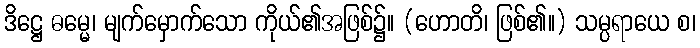
ဒိဋ္ဌေ ဓမ္မေ၊ မျက်မှောက်သော ကိုယ်၏အဖြစ်၌။ (ဟောတိ၊ ဖြစ်၏။) သမ္ပရာယေ စ၊